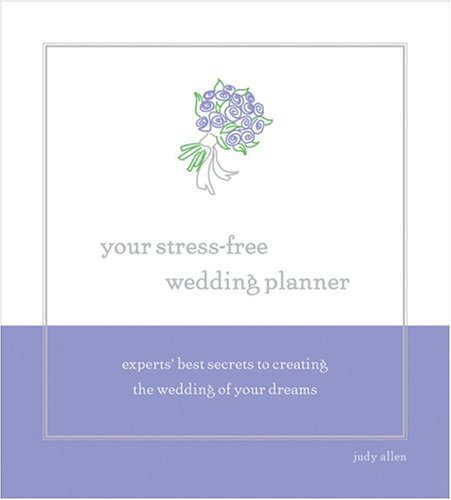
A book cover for Your Stress-Free Wedding Planner: Experts' Best Secrets to Creating Your Dream Wedding; Judy Allen; Crafts, Hobbies & Home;